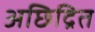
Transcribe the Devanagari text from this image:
अछिद्रित